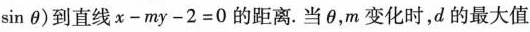
\sin \theta ）到直线$$x - m y - 2 = 0$$的距离.当\theta，m变化时，d的最大值